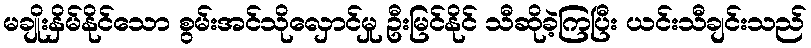
မချိုးနှိမ်နိုင်သော စွမ်းအင်သိုလှောင်မှု ဦးမြင်နိုင် သီဆိုခဲ့ကြပြီး ယင်းသီချင်းသည်